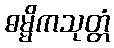
ဓမ္မိကသုတ္တံ